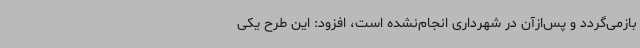
بازمی‌گردد و پس‌ازآن در شهرداری انجام‌نشده است، افزود: این طرح یکی